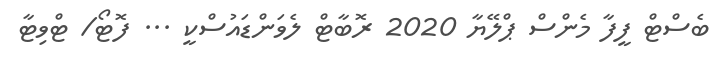
ބެސްޓް ފީފާ މެންސް ޕްލޭޔާ 2020 ރޮބާޓް ލެވަންޑައުސްކީ ... ފޮޓޯ/ ޓްވިޓާ